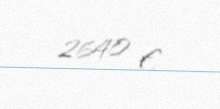
2640 €